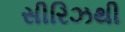
સીરિઝથી